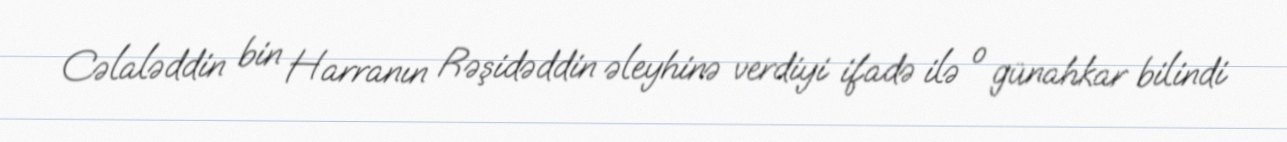
Cəlaləddin bin Harranın Rəşidəddin əleyhinə verdiyi ifadə ilə o günahkar bilindi